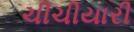
ચીચીયારી